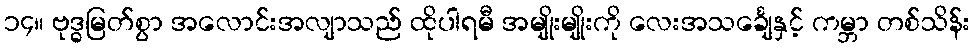
၁၄။ ဗုဒ္ဓမြတ်စွာ အလောင်းအလျာသည် ထိုပါရမီ အမျိုးမျိုးကို လေးအသင်္ချေနှင့် ကမ္ဘာ တစ်သိန်း